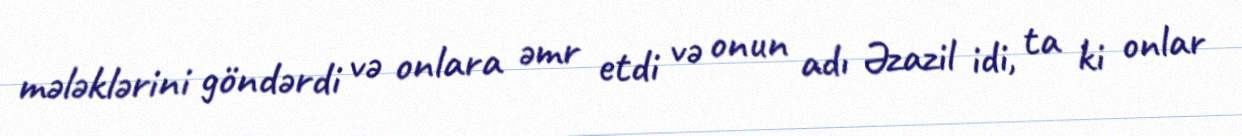
mələklərini göndərdi və onlara əmr etdi və onun adı Əzazil idi, ta ki onlar